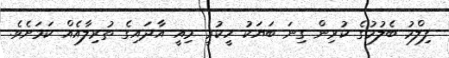
ފިލްމު ބެލުމުގެ ކުރިން ގިނަ ބަޔަކު ހީކުރީ މިއީ އާދައިގެ ތުރިލާއެއް ކަމަށެވެ.